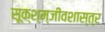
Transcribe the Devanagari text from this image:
सूक्श्म्जीवशास्त्र